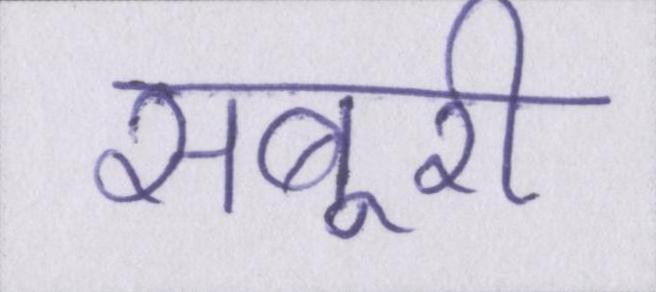
सबूरी